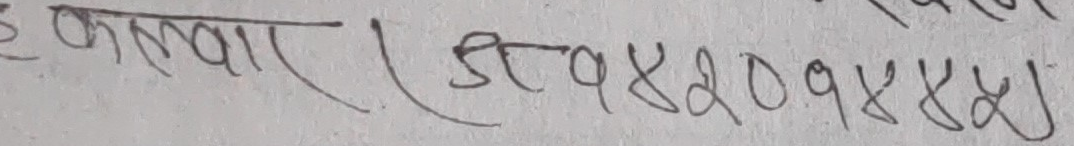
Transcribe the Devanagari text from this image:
कलवार (5898209882)